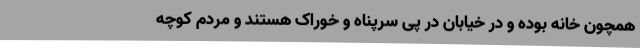
همچون خانه بوده و در خیابان در پی سرپناه و خوراک هستند و مردم کوچه